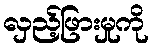
လှည့်ဖြားမှုကို